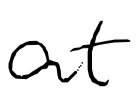
Text: at
Cross-out: clean
Writing tool: digital_black